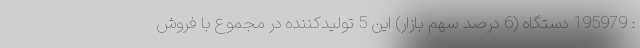
: 195979 دستگاه (6 درصد سهم بازار) این 5 تولیدکننده در مجموع با فروش